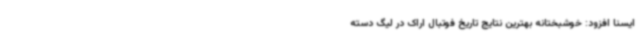
ایسنا افزود: خوشبختانه بهترین نتایج تاریخ فوتبال اراک در لیگ دسته